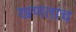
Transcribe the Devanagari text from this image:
खणताच